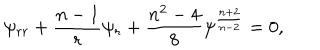
LaTeX: \psi _ { r r } + { \frac { n - 1 } { r } } \psi _ { r } + { \frac { n ^ { 2 } - 4 } { 8 } } \psi ^ { \frac { n + 2 } { n - 2 } } = 0 ,